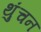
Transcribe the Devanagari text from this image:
थुंचन